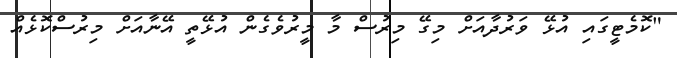
"ކޮމެޓީގައި އުޅޭ ވަރުދާއަށް މިގޭ މިރުސް މާ މީރުވެގެން އުޅޭތީ އޭނާއަށް މިރުސްކޮޅެއް